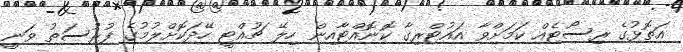
އަތޮޅުގެ ރިސޯޓެއް ކަމަށްވާ އައުޓްރިގާ ކޮނޮއްޓާއިން ހިލޭ ޗުއްޓީ ހޭދަކޮށްލުމުގެ ފުރުސަތު ވަނީ